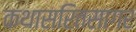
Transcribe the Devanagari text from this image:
कथासरितसागर